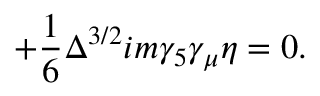
+ \frac { 1 } { 6 } \Delta ^ { 3 / 2 } i m \gamma _ { 5 } \gamma _ { \mu } \eta = 0 .